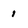
Character: 1